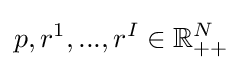
p,r^{1},...,r^{I}\in \mathbb {R} _{++}^{N}